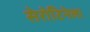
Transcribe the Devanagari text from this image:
सेरोटिनेला